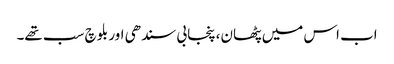
اب اس میں پٹھان، پنجابی سندھی اور بلوچ سب تھے۔